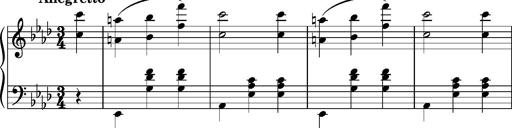
Title: Album-Leaf 'Frankfurt'
Composer: Franz Liszt
Key: A-flat major